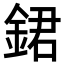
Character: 𨧡